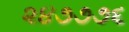
૨૪૭૭૭૬